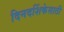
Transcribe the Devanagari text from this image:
दिनदर्शिकेसाठी